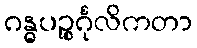
ဂန္ဓပဉ္စင်္ဂုလိကတာ